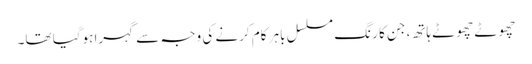
چھوٹے چھوٹے ہاتھ، جن کا رنگ مسلسل باہر کام کرنے کی وجہ سے گہرا ہوگیا تھا۔